Report of the Indian Hemp Drugs Commission, 1894-1895 - Volume III
Year: 1894
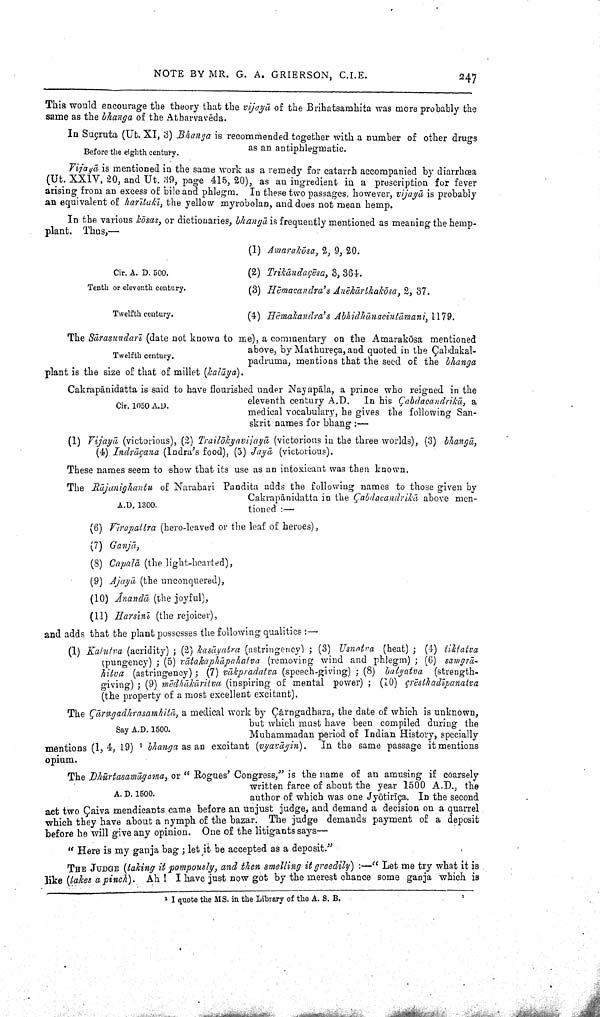
NOTE BY MR. G. A. GRIERSON, C.I.E.
247
This would encourage the theory that the vijayā of the Brihatsamhita was more probably the
same as the bhanga of the Atharvavēda.
Before the eighth century.
In Suçruta (Ut. XI, 3) Bhanga is recommended together with a number of other drugs
as an antiphlegmatic.
Vijayā is mentioned in the same work as a remedy for catarrh accompanied by diarrhœa
(Ut. XXIV, 20, and Ut. 39, page 415, 20), as an ingredient in a prescription for fever
arising from an excess of bile and phlegm. In these two passages, however, vijayā is probably
an equivalent of harītakī, the yellow myrobolan, and does not mean hemp.
Cir. A. D. 500.
Tenth or eleventh century.
Twelfth century.
In the various kōsas, or dictionaries, bhangā is frequently mentioned as meaning the hemp-
plant. Thus,—
(1) Amarakōsa, 2, 9, 20.
(2) Trikāndaçēsa, 3, 364.
(3) Hēmacandra's Anēkārthakōsa, 2, 37.
(4) Hēmakandra's Abhidhānacintāmani,
1179.
Twelfth century.
The Sārasundarī (date not known to me), a commentary on the Amarakōsa mentioned
above, by Mathureça, and quoted in the Çabdakal-
padruma, mentions that the seed of the bhanga
plant is the size of that of millet (kalāya).
Cir. 1050 A.D.
Cakrapānidatta is said to have flourished under Nayapāla, a prince who reigned in the
eleventh century A.D. In his Çabdacandrikā, a
medical vocabulary, he gives the following San
skrit names for bhang:—
(1) Vijayā (victorious), (2) Trailōkyavijayā (victorious in the three worlds), (3) bhangā,
(4) Indrāçana (Indra's food), (5) Jayā (victorious).
These names seem to show that its use as an intoxicant was then known.
A.D. 1300.
The Rājanighantu of Narahari Pandita adds the following names to those given by
Cakrapānidatta in the Çabdacandrikā, above men
tioned:—
(6) Vīrapattra (hero-leaved or the leaf of heroes),
(7) Ganjā,
(8) Capalā (the light-hearted),
(9) Ajayā (the unconquered),
(10) Ánandā, (the joyful),
(11) Harsinī (the rejoicer),
and adds that the plant possesses the following qualities:—
(1) Katutva (acridity); (2) kasāyatra (astringency); (3) Usnatva (heat); (4) tiktatva
(pungency); (5) vātakaphāpahatva (removing wind and phlegm); (6) samgrā-
hitva (astringency); (7) vākpradatva (speech-giving); (8) balyatva (strength-
giving); (9) mēdhākāritva (inspiring of mental power); (10) çrēsthadīpanatva
(the property of a most excellent excitant).
Say A.D. 1500.
The Çārngadhrasamhitā, a medical work by Çārngadhara, the date of which is unknown,
but which must have been compiled during the
Muhammadan period of Indian History, specially
mentions (1,4,19) 1 bhanga as an excitant (vyavāyin). In the same passage it mentions
opium.
A. D. 1500.
The Dhūrtasamāgama,
or "Rogues' Congress," is the name of an amusing if coarsely
written farce of about the year 1500 A.D., the
author of which was one Jyōtirīça. In the second
act two Çaiva mendicants came before an unjust judge, and demand a decision on a quarrel
which they have about a nymph of the bazar. The judge demands payment of a deposit
before he will give any opinion. One of the litigants says—
"Here is my ganja bag; let it be accepted as a deposit."
THE JUDGE (taking it pompously, and then smelling it greedily):—"Let me try what it is
like (takes a pinch). Ah! I have just now got by the merest chance some ganja which is
1 I quote the MS. in the Library of the A. S. B.